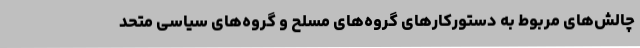
چالش‌های مربوط به دستورکارهای گروه‌های مسلح و گروه‌های سیاسی متحد